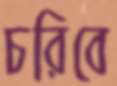
চরিবে